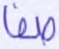
صفا